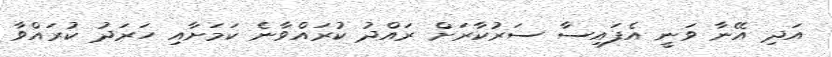
އަދި އޭނާ ވަނީ އެފައިސާ ސަރުކާރަށް ރައްދު ކުރައްވާނެ ކަމަށާއި ހަރަދު ކުރައްވާ